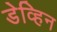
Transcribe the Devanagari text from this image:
डेव्हिन